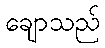
ချောသည်